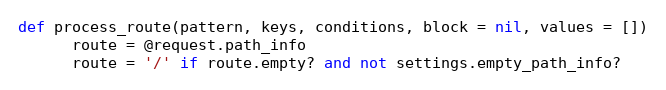
Language: Ruby
def process_route(pattern, keys, conditions, block = nil, values = [])
      route = @request.path_info
      route = '/' if route.empty? and not settings.empty_path_info?